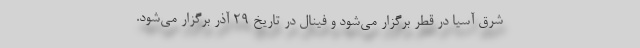
شرق آسیا در قطر برگزار می‌شود و فینال در تاریخ 29 آذر برگزار می‌شود.